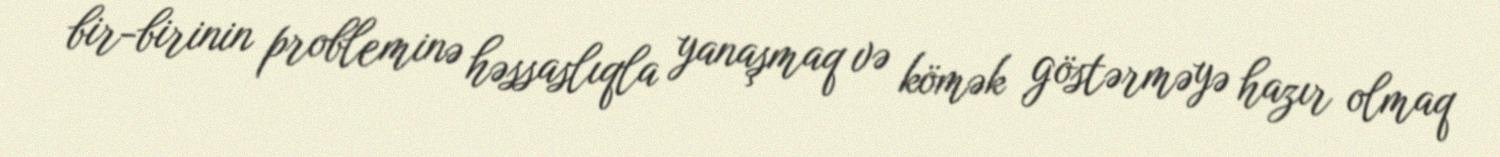
bir-birinin probleminə həssaslıqla yanaşmaq və kömək göstərməyə hazır olmaq